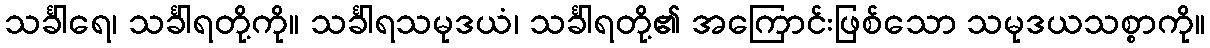
သင်္ခါရေ၊ သင်္ခါရတို့ကို။ သင်္ခါရသမုဒယံ၊ သင်္ခါရတို့၏ အကြောင်းဖြစ်သော သမုဒယသစ္စာကို။